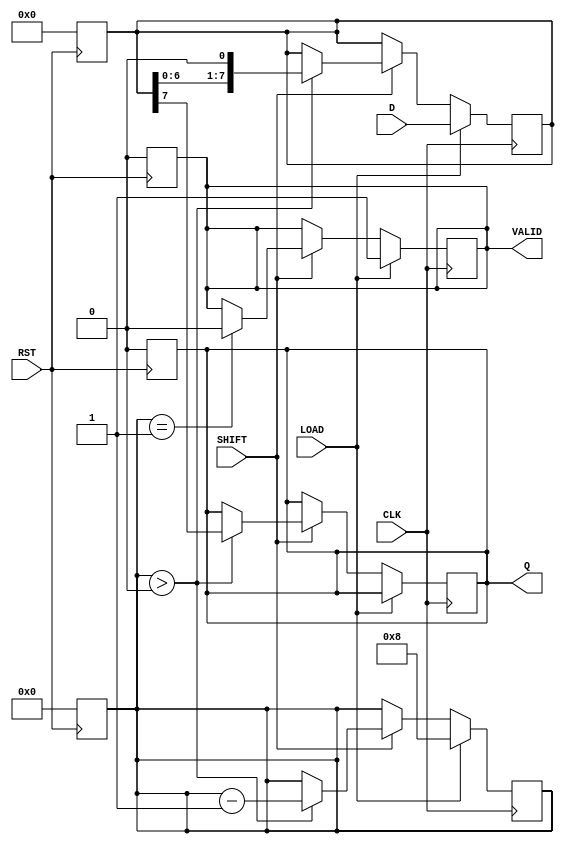
module PISO_Register #(
    parameter WIDTH = 8 // Width of the register (number of bits)
) (
    input wire [WIDTH-1:0] D,    // Parallel data input
    input wire LOAD,              // Load control signal
    input wire SHIFT,             // Shift control signal
    input wire CLK,               // Clock signal
    input wire RST,               // Asynchronous reset signal
    output reg Q,                 // Serial output
    output reg VALID              // Data valid signal (optional)
);

    reg [WIDTH-1:0] storage_reg;  // Storage register
    reg [3:0] bit_count;           // Counter for bits shifted out

    // Asynchronous reset: clear the storage register and outputs
    always @(posedge RST) begin
        storage_reg <= {WIDTH{1'b0}}; // Clear register
        bit_count <= 0;               // Reset bit counter
        Q <= 1'b0;                    // Clear serial output
        VALID <= 1'b0;                // Clear valid signal
    end

    // Loading data into the storage register
    always @(posedge CLK) begin
        if (LOAD) begin
            storage_reg <= D; // Load the data
            bit_count <= WIDTH; // Set bit count to width of data
            VALID <= 1'b1;       // Indicate that data is valid
        end
        else if (SHIFT) begin
            if (bit_count > 0) begin
                Q <= storage_reg[WIDTH-1]; // Output the MSB
                storage_reg <= {storage_reg[WIDTH-2:0], 1'b0}; // Shift left
                bit_count <= bit_count - 1; // Decrement the bit count
            end
            if (bit_count == 1) begin
                VALID <= 1'b0; // Clear valid signal after last bit shifted
            end
        end
    end

endmodule